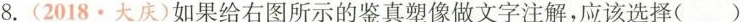
8.(2018\cdot 大庆)如果给右图所示的鉴真塑像做文字注解，应该选择()